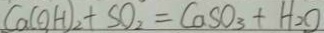
C a ( O H ) _ { 2 } + S O _ { 2 } = C a S O _ { 3 } + H _ { 2 } O